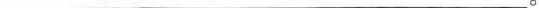
___